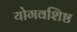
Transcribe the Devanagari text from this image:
योगवशिष्ठ